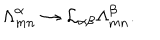
LaTeX: { \Lambda } _ { m n } ^ { \alpha } \rightarrow { \cal L } _ { \alpha \beta } { \Lambda } _ { m n } ^ { \beta } .